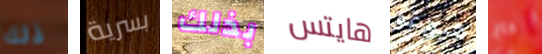
ذلك بسرية بذلك هايتس هيوغو داج